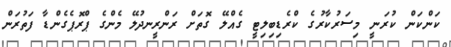
ކަންކަން ކުރަނީ މިސަރުކާރުގެ ކްރެޑިބިލިޓީ ގެއްލޭ ގޮތަށް ރަންރީނދުލޭ މެންގެ ޕްރޮޕެގެންޑާ ފަތުރަން